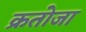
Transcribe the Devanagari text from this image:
क्रतोजा